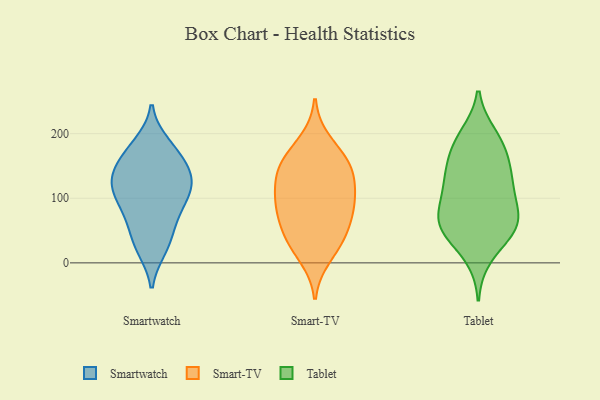
{"axis": {"x": "Energy Usage (MWh)", "y": "Value"}, "legend": ["Smart-TV", "Smartwatch", "Tablet"], "data": [{"x": "", "y": 124, "type": "Smartwatch"}, {"x": "", "y": 94, "type": "Smartwatch"}, {"x": "", "y": 166, "type": "Smartwatch"}, {"x": "", "y": 80, "type": "Smartwatch"}, {"x": "", "y": 123, "type": "Smartwatch"}, {"x": "", "y": 78, "type": "Smartwatch"}, {"x": "", "y": 113, "type": "Smartwatch"}, {"x": "", "y": 173, "type": "Smartwatch"}, {"x": "", "y": 131, "type": "Smartwatch"}, {"x": "", "y": 150, "type": "Smartwatch"}, {"x": "", "y": 23, "type": "Smartwatch"}, {"x": "", "y": 183, "type": "Smartwatch"}, {"x": "", "y": 128, "type": "Smartwatch"}, {"x": "", "y": 49, "type": "Smartwatch"}, {"x": "", "y": 27, "type": "Smartwatch"}, {"x": "", "y": 138, "type": "Smart-TV"}, {"x": "", "y": 89, "type": "Smart-TV"}, {"x": "", "y": 158, "type": "Smart-TV"}, {"x": "", "y": 32, "type": "Smart-TV"}, {"x": "", "y": 156, "type": "Smart-TV"}, {"x": "", "y": 73, "type": "Smart-TV"}, {"x": "", "y": 110, "type": "Smart-TV"}, {"x": "", "y": 126, "type": "Smart-TV"}, {"x": "", "y": 83, "type": "Smart-TV"}, {"x": "", "y": 10, "type": "Smart-TV"}, {"x": "", "y": 38, "type": "Smart-TV"}, {"x": "", "y": 188, "type": "Smart-TV"}, {"x": "", "y": 151, "type": "Smart-TV"}, {"x": "", "y": 96, "type": "Smart-TV"}, {"x": "", "y": 48, "type": "Smart-TV"}, {"x": "", "y": 169, "type": "Tablet"}, {"x": "", "y": 83, "type": "Tablet"}, {"x": "", "y": 130, "type": "Tablet"}, {"x": "", "y": 55, "type": "Tablet"}, {"x": "", "y": 193, "type": "Tablet"}, {"x": "", "y": 10, "type": "Tablet"}, {"x": "", "y": 110, "type": "Tablet"}, {"x": "", "y": 197, "type": "Tablet"}, {"x": "", "y": 111, "type": "Tablet"}, {"x": "", "y": 61, "type": "Tablet"}, {"x": "", "y": 131, "type": "Tablet"}, {"x": "", "y": 59, "type": "Tablet"}, {"x": "", "y": 57, "type": "Tablet"}, {"x": "", "y": 174, "type": "Tablet"}, {"x": "", "y": 44, "type": "Tablet"}, {"x": "", "y": 68, "type": "Tablet"}, {"x": "", "y": 144, "type": "Tablet"}]}